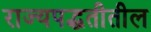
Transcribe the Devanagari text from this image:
राज्यपद्धतीतील